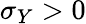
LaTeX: \sigma_{Y}>0